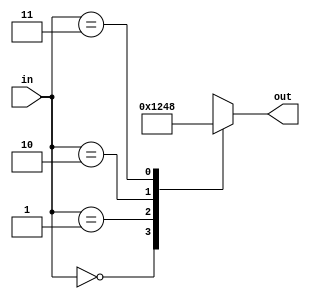
// 2-to-4 Decoder
module decoder_2to4(input wire [1:0] in, output reg [3:0] out);
    always @(in) begin
        case(in)
            2'b00: out = 4'b0001;
            2'b01: out = 4'b0010;
            2'b10: out = 4'b0100;
            2'b11: out = 4'b1000;
            default: out = 4'b0000;
        endcase
    end
endmodule